Malaria in India - Number 2
Disease focus: Malaria
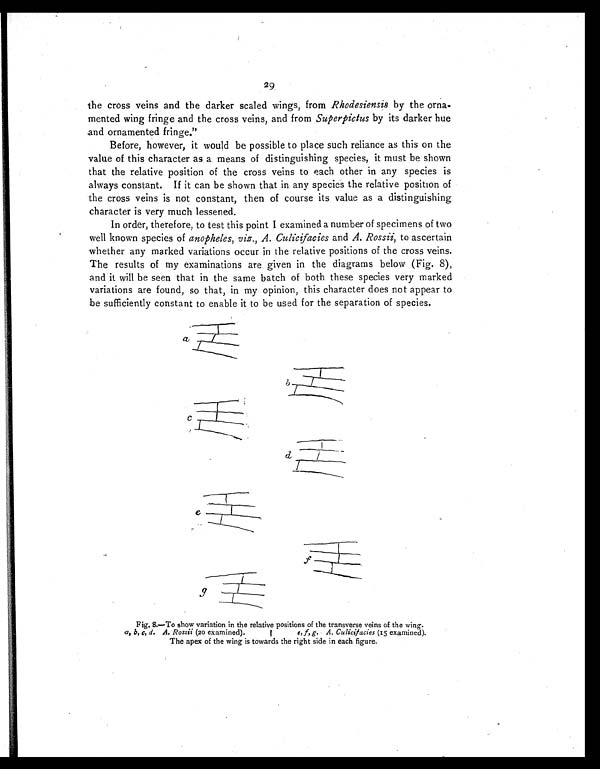
29
the cross veins and the darker scaled wings, from Rhodesiensis by the orna-
mented wing fringe and the cross veins, and from Superpictus by its darker hue
and ornamented fringe."
Before, however, it would be possible to place such reliance as this on the
value of this character as a means of distinguishing species, it must be shown
that the relative position of the cross veins to each other in any species is
always constant. If it can be shown that in any species the relative position of
the cross veins is not constant, then of course its value as a distinguishing
character is very much lessened.
In order, therefore, to test this point I examined a number of specimens of two
well known species of anopheles, viz., A. Culicifacies and A. Rossii, to ascertain
whether any marked variations occur in the relative positions of the cross veins.
The results of my examinations are given in the diagrams below (Fig. 8),
and it will be seen that in the same batch of both these species very marked
variations are found, so that, in my opinion, this character does not appear to
be sufficiently constant to enable it to be used for the separation of species.
Fig. 8.—To show variation in the relative positions of the transverse veins of the wing.
a,b, c, d. A. Rossi i (20 examined). | e, f, g. A. Culicifacies (15 exami ned).
The apex of the wing is towards the right side in each figure.